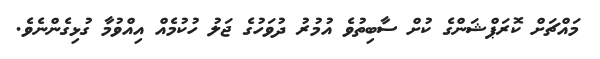
މައްޗަށް ކޮރަޕްޝަންގެ ކުށް ސާބިތުވެ އުމުރު ދުވަހުގެ ޖަލު ހުކުމެއް އިއްވުމާ ގުޅިގެންނެވެ.